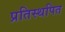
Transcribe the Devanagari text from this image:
प्रतिस्थपित